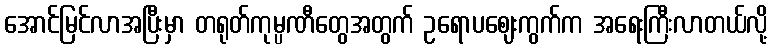
အောင်မြင်လာအပြီးမှာ တရုတ်ကုမ္ပဏီတွေအတွက် ဥရောပဈေးကွက်က အရေးကြီးလာတယ်လို့